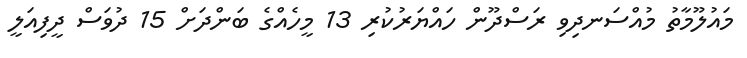
މައުލޫމާތު މުއްސަނދިވި ރަސްދޫން ހައްޔަރުކުރި 13 މީހެއްގެ ބަންދަށް 15 ދުވަސް ދީފިއަލީ